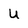
Character: U